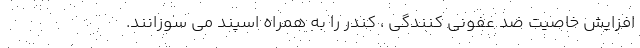
افزایش خاصیت ضد عفونی کنندگی ، کندر را به همراه اسپند می سوزانند.